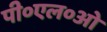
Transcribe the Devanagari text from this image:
पी०एल०ओ